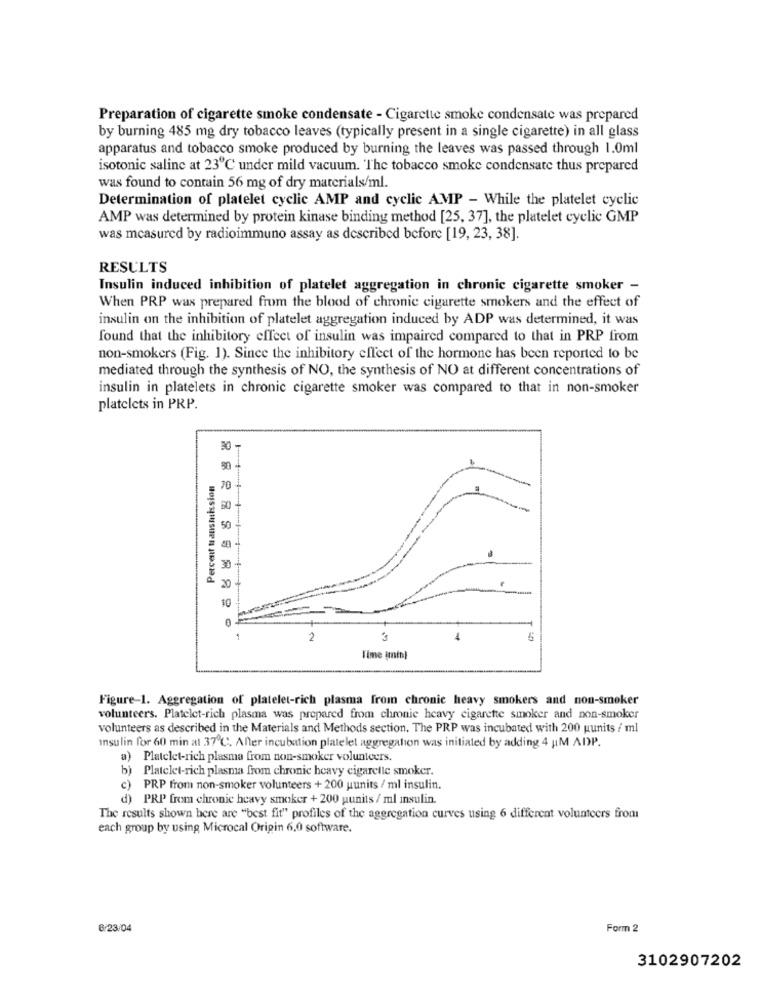
Preparation of cigarette smoke condensate - Cigarette smoke condensate was prepared
by burning 485 mg dry tobacco leaves (typically present in a single cigarette) in all glass
apparatus and tobacco smoke produced by burning the leaves was passed through 1.0ml
isotonic saline at 23℃ under mild vacuum. The tobacco smoke condensate thus prepared
was found to contain 56 mg of dry materials/ml.
Determination of platelet cyclic AMP and cyclic AMP - While the platelet cyclic
AMP was determined by protein kinase binding method [25, 37], the platelet cyclic GMP
was measured by radioimmuno assay as described before [19, 23, 38].
RESULTS
Insulin induced inhibition of platelet aggregation in chronic cigarette smoker -
When PRP was prepared from the blood of chronic cigarette smokers and the effect of
insulin on the inhibition of platelet aggregation induced by ADP was determined, it was
found that the inhibitory effect of insulin was impaired compared to that in PRP from
non-smokers (Fig. 1). Since the inhibitory effect of the hormone has been reported to be
mediated through the synthesis of NO, the synthesis of NO at different concentrations of
insulin in platelets in chronic cigarette smoker was compared to that in non-smoker
platelets in PRP.
Percent transmission
70
50
30
20
10
0
3
-
Vime imini
Figure-1. Aggregation of platelet-rich plasma from chronic heavy smokers and non-smoker
volunteers. Platelet-rich plasma was prepared from chronic heavy cigarette smoker and non-smoker
volunteers as described in the Materials and Methods section. The PRP was incubated with 200 gunits / ml
Insulin for 60 min at 37℃. Aller incubation platelet aggregation was initiated by adding 4 HIM ADP.
a) Platelet-rich plasma from non-smoker volunteers.
b) Platelet-rich plasma from chronic heavy cigarette smoker.
c)
PRP from non-smoker volunteers + 200 uunits / ml insulin.
d) PRP from chronic heavy smoker + 200 punits / ml insulin.
The results shown here are "best fit" profiles of the aggregation curves using 6 different volunteers from
each group by using Microcal Origin 6.0 software.
6/23/04
Form 2
3102907202